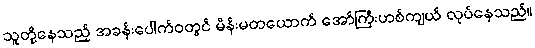
သူတို့နေသည့် အခန်းပေါက်ဝတွင် မိန်းမတယောက် အော်ကြီးဟစ်ကျယ် လုပ်နေသည်။